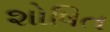
શોષિત